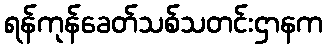
ရန်ကုန်ခေတ်သစ်သတင်းဌာနက